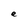
Character: e